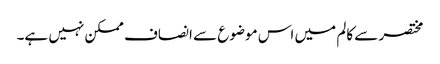
مختصر سے کالم میں اس موضوع سے انصاف ممکن نہیں ہے۔